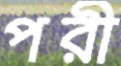
পরী